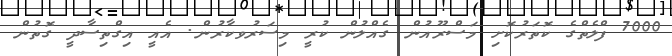
7000 ފްލެތްގެ ކޮތަރުކޮށި މަސްރޫއުން ގެއްލުން ކުރީ މިސަރުވކާރުން. އެއީ އިގްތިސާދީ ގޮތުން